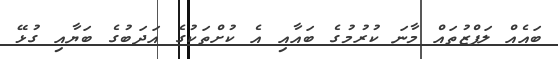
ބައެއް ލަފްޒުތައް މާނަ ކުރުމުގެ ބައާއި އެ ކުށްތަކުގެ އަދަބުގެ ބަޔާއި ގުޅޭ